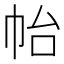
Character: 𭘚